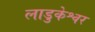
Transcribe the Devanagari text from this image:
लाडुकेश्वर